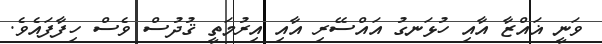
ވަނީ ޣައްޒާ އާއި ހުޅަނގު އައްސޭރި އާއި އިރުމަތީ ޤުދުސް ވެސް ހިފާފައެވެ.